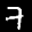
Label: 7